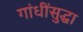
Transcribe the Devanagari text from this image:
गांधींसुद्धा